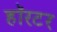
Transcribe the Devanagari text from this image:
हॉरटर